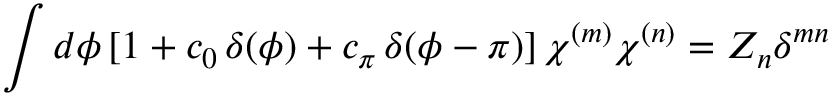
\int d \phi \, [ 1 + c _ { 0 } \, \delta ( \phi ) + c _ { \pi } \, \delta ( \phi - \pi ) ] \, \chi ^ { ( m ) } \chi ^ { ( n ) } = Z _ { n } \delta ^ { m n }